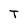
Character: T